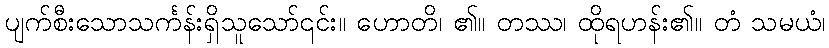
ပျက်စီးသောသင်္ကန်းရှိသူသော်၎င်း။ ဟောတိ၊ ၏။ တဿ၊ ထိုရဟန်း၏။ တံ သမယံ၊